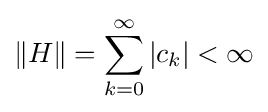
\|H\|=\sum \limits _{k=0}^{\infty }|c_{k}|<\infty